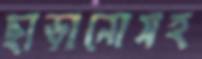
ছাড়ানোসহ